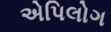
એપિલોગ